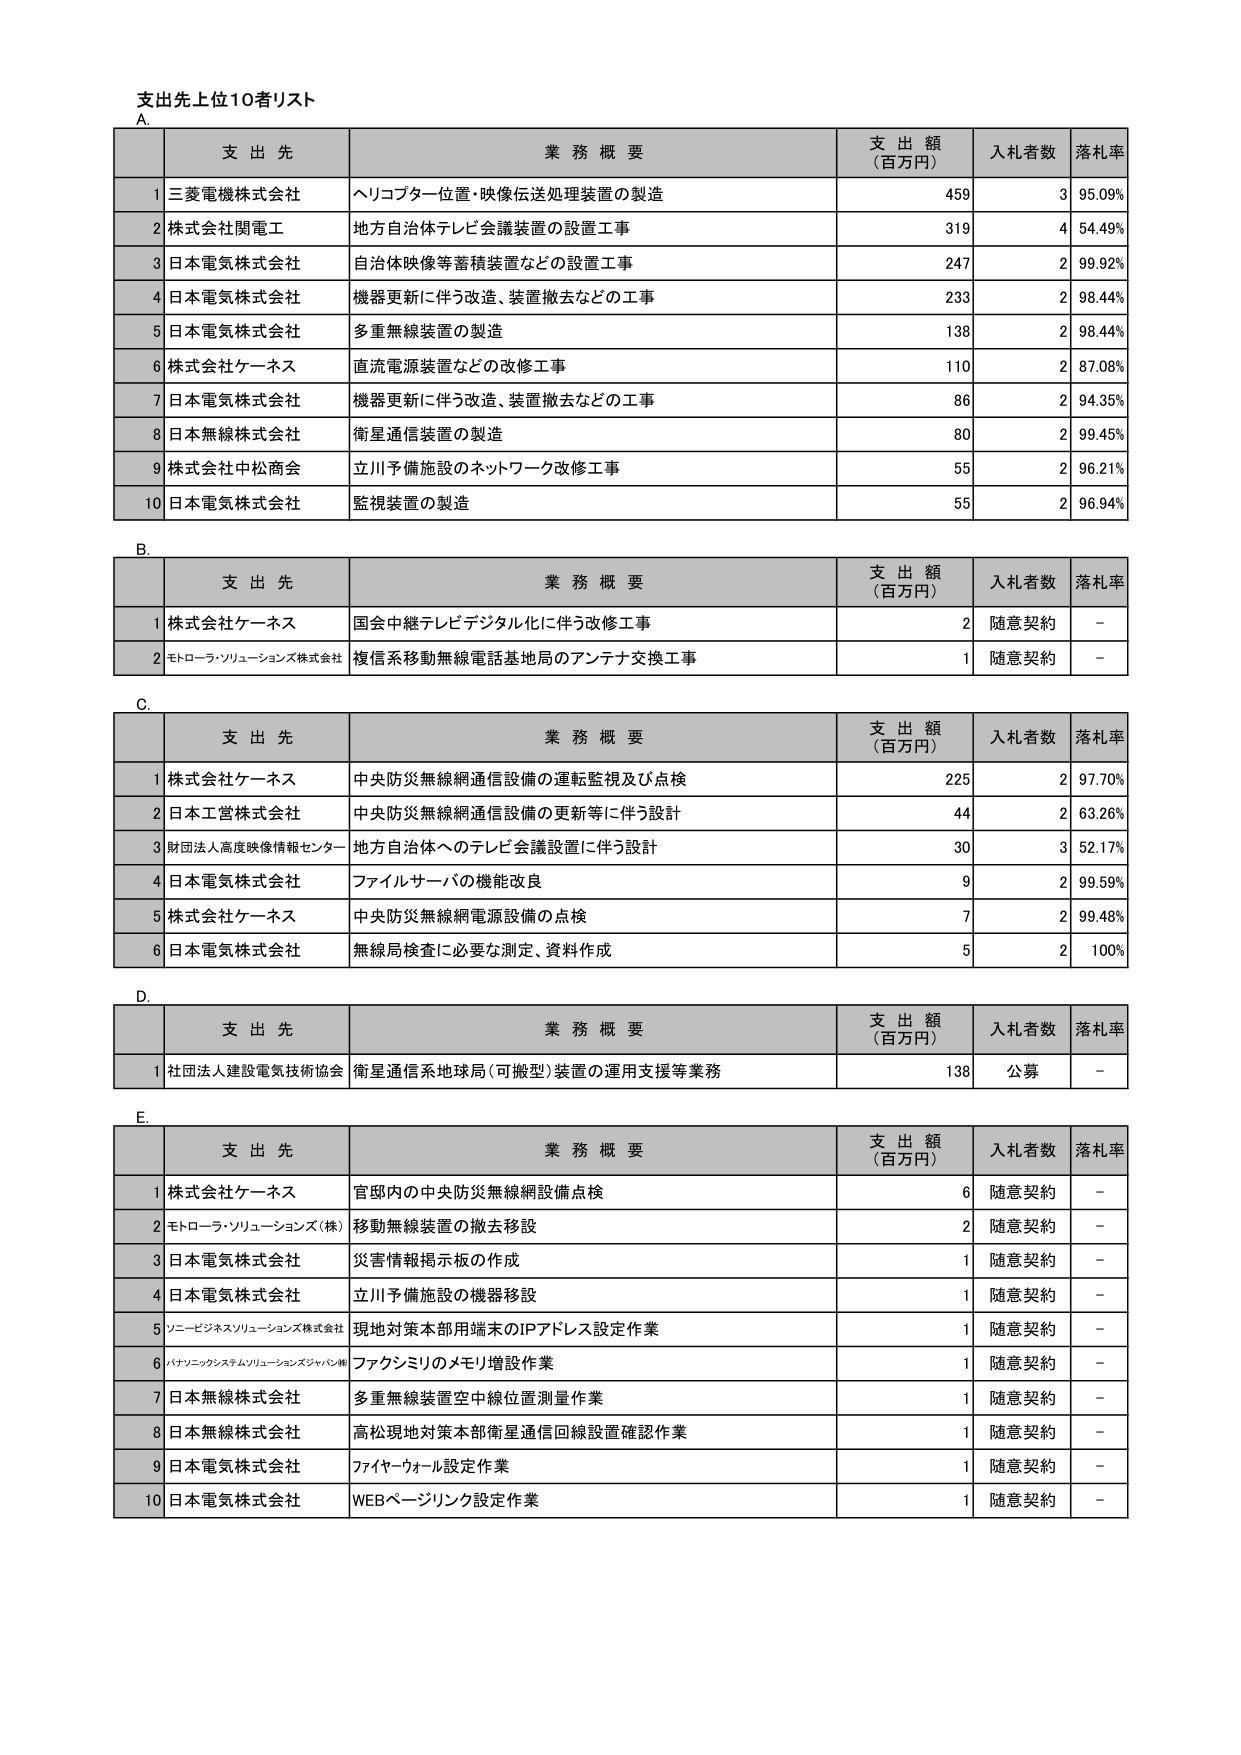
支出先上位10者リスト

A.
支 出 先 業 務 概 要 支 出 額 （百万円） 入札者数 落札率
1 三菱電機株式会社 ヘリコプター位置・映像伝送処理装置の製造 459 3 95.09%
2 株式会社関電工 地方自治体テレビ会議装置の設置工事 319 4 54.49%
3 日本電気株式会社 自治体映像等蓄積装置などの設置工事 247 2 99.92%
4 日本電気株式会社 機器更新に伴う改造、装置撤去などの工事 233 2 98.44%
5 日本電気株式会社 多重無線装置の製造 138 2 98.44%
6 株式会社ケーネス 直流電源装置などの改修工事 110 2 87.08%
7 日本電気株式会社 機器更新に伴う改造、装置撤去などの工事 86 2 94.35%
8 日本無線株式会社 衛星通信装置の製造 80 2 99.45%
9 株式会社中松商会 立川予備施設のネットワーク改修工事 55 2 96.21%
10 日本電気株式会社 監視装置の製造 55 2 96.94%

B.
支 出 先 業 務 概 要 支 出 額 （百万円） 入札者数 落札率
1 株式会社ケーネス 国会中継テレビデジタル化に伴う改修工事 2 随意契約 －
2 モトローラ・ソリューションズ株式会社 複信系移動無線電話基地局のアンテナ交換工事 1 随意契約 －

C.
支 出 先 業 務 概 要 支 出 額 （百万円） 入札者数 落札率
1 株式会社ケーネス 中央防災無線網通信設備の運転監視及び点検 225 2 97.70%
2 日本工営株式会社 中央防災無線網通信設備の更新等に伴う設計 44 2 63.26%
3 財団法人高度映像情報センター 地方自治体へのテレビ会議設置に伴う設計 30 3 52.17%
4 日本電気株式会社 ファイルサーバの機能改良 9 2 99.59%
5 株式会社ケーネス 中央防災無線網電源設備の点検 7 2 99.48%
6 日本電気株式会社 無線局検査に必要な測定、資料作成 5 2 100%

D.
支 出 先 業 務 概 要 支 出 額 （百万円） 入札者数 落札率
1 社団法人建設電気技術協会 衛星通信系地球局（可搬型）装置の運用支援等業務 138 公募 －

E.
支 出 先 業 務 概 要 支 出 額 （百万円） 入札者数 落札率
1 株式会社ケーネス 官邸内の中央防災無線網設備点検 6 随意契約 －
2 モトローラ・ソリューションズ（株） 移動無線装置の撤去移設 2 随意契約 －
3 日本電気株式会社 災害情報掲示板の作成 1 随意契約 －
4 日本電気株式会社 立川予備施設の機器移設 1 随意契約 －
5 ソニービジネスソリューションズ株式会社 現地対策本部用端末のIPアドレス設定作業 1 随意契約 －
6 パナソニックシステムソリューションズジャパン㈱ ファクシミリのメモリ増設作業 1 随意契約 －
7 日本無線株式会社 多重無線装置空中線位置測量作業 1 随意契約 －
8 日本無線株式会社 高松現地対策本部衛星通信回線設置確認作業 1 随意契約 －
9 日本電気株式会社 ファイヤーウォール設定作業 1 随意契約 －
10 日本電気株式会社 WEBページリンク設定作業 1 随意契約 －